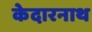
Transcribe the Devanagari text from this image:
केदारनाथ